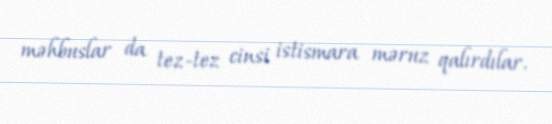
məhbuslar da tez-tez cinsi istismara məruz qalırdılar.